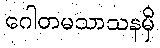
ဂေါတမသာသနမှိ